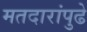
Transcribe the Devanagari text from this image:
मतदारांपुढे